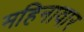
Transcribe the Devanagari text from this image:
महिनावार